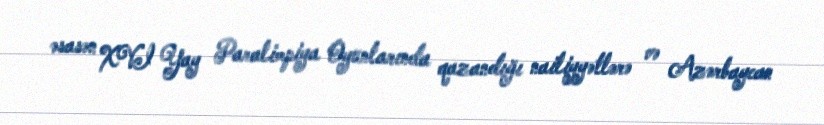
əsasən XVI Yay Paralimpiya Oyunlarında qazandığı nailiyyətlərə və Azərbaycan